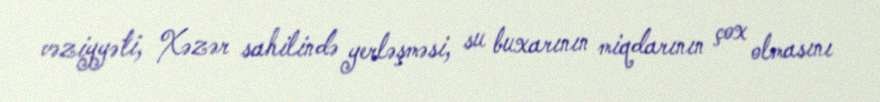
vəziyyəti, Xəzər sahilində yerləşməsi, su buxarının miqdarının çox olmasını